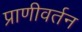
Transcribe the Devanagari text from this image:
प्राणीवर्तन